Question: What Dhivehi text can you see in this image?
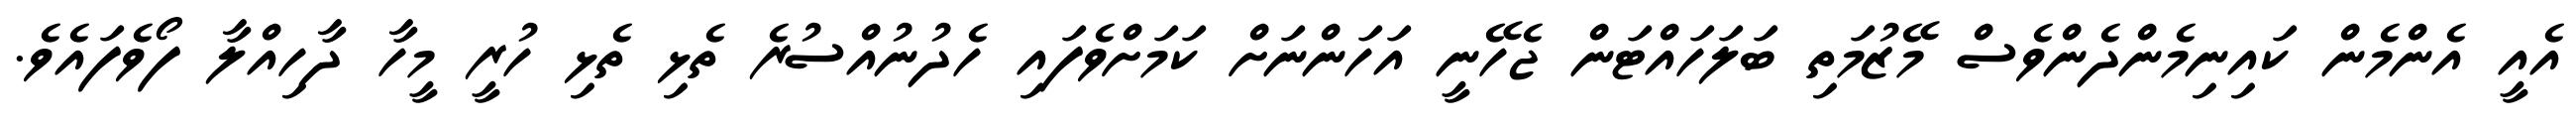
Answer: އެއީ އެންމެން ކައިނިމެންދެންވެސް މޭޒުމަތި ބަލަހައްޓަން ޖެހޭނީ އަހަންނަށް ކަމަށްވެފައި ހެދުނުއްސުރެ ތެޅި ތެޅި ހުރީ މީހާ ދާހިއްލާ ފޯވެފައެވެ.